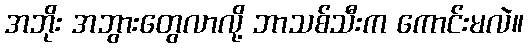
အဘိုး အဘွားတွေလာလို့ ဘာသစ်သီးက ကောင်းမလဲ။